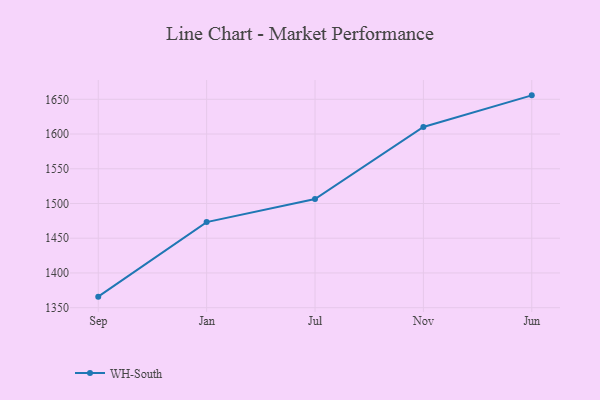
{"axis": {"x": "Month", "y": "Net Income (USD K)"}, "legend": ["WH-South"], "data": [{"x": "Sep", "y": 1365.9, "type": "WH-South"}, {"x": "Jan", "y": 1473.2, "type": "WH-South"}, {"x": "Jul", "y": 1506.5, "type": "WH-South"}, {"x": "Nov", "y": 1610.2, "type": "WH-South"}, {"x": "Jun", "y": 1655.7, "type": "WH-South"}]}